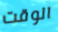
الوقت